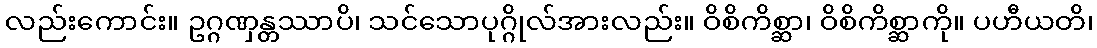
လည်းကောင်း။ ဥဂ္ဂဏှန္တဿာပိ၊ သင်သောပုဂ္ဂိုလ်အားလည်း။ ဝိစိကိစ္ဆာ၊ ဝိစိကိစ္ဆာကို။ ပဟီယတိ၊